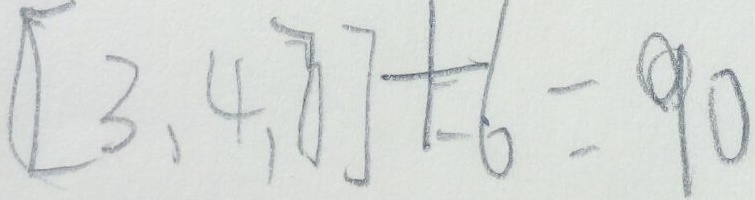
[ 3 , 4 , 7 ] + 6 = 9 0